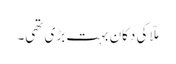
ملّا کی دکان بہت بڑی تھی۔